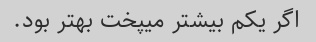
اگر یکم بیشتر میپخت بهتر بود.